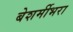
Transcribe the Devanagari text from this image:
बेशर्मीभरा